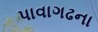
પાવાગઢના